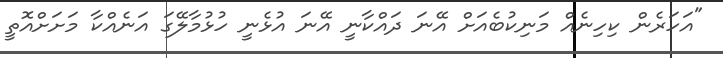
"އަހަރެން ކިހިނެއް މަނިކުބެއަށް އޭނަ ދައްކާނީ އޭނަ އުޅެނީ ހުޅުމާލޭގަ އަނެއްކާ މަށަށްއޮތީ